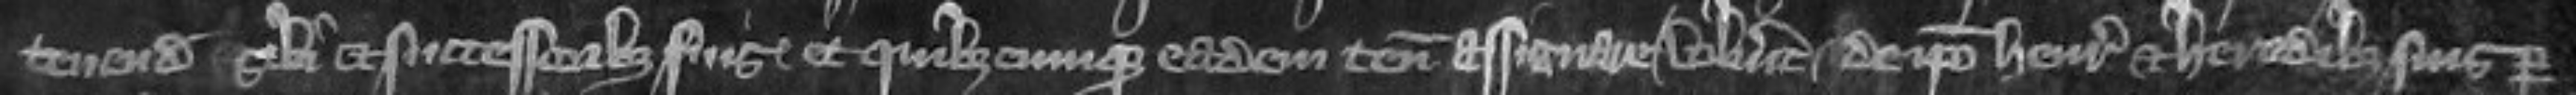
tenenda sibi et successoribus suis et quibuscumque eadem tenementa assignare voluerit de ipso Henrico et heredibus suis per